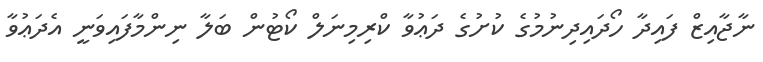
ނާޖާއިޒް ފައިދާ ހޯދައިދިނުމުގެ ކުށުގެ ދަޢުވާ ކްރިމިނަލް ކޯޓުން ބަލާ ނިންމާފައިވަނީ އެދަޢުވާ